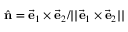
\hat { \bf n } = \vec { \bf e } _ { 1 } \times \vec { \bf e } _ { 2 } / | | \vec { \bf e } _ { 1 } \times \vec { \bf e } _ { 2 } | |